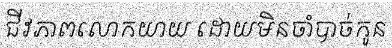
ជីវភាពលោកយាយ ដោយមិនចាំបាច់កូន